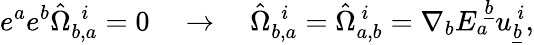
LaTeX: e^{a}e^{b}\hat{\Omega}_{b,a}^{~~i}=0\quad\rightarrow\quad\hat{\Omega}_{b,a}^{~~i}=\hat{\Omega}_{a,b}^{~i}={\nabla}_{b}E_{a}^{~\underline{{b}}}u_{\underline{{b}}}^{~i},